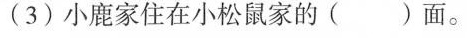
(3)小鹿家住在小松鼠家的( )面。